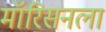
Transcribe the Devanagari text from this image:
मॉरिसनला